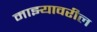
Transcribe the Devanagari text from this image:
माझ्यावरील